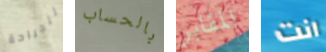
للجراحة بالحساب المقابر انت